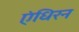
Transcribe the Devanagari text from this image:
एंधिरन